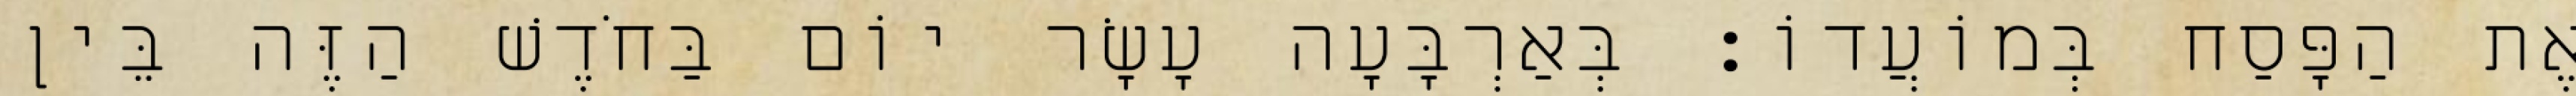
אֶת הַפָּסַח בְּמוֹעֲדוֹ׃ בְּאַרְבָּעָה עָשָׂר יוֹם בַּחֹדֶשׁ הַזֶּה בֵּין